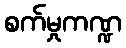
စက်မှုကဏ္ဍ